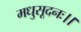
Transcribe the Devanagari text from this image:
मधुसूदनः।।